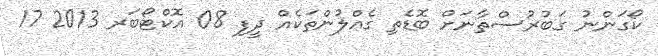
ކޯގަންނު ގަބުރުސްތާނަށް ބޮޑެތި ގެއްލުންތަކެއް ދީފި 08 އޮކްޓޯބަރ 2013 17